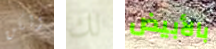
ولكن لك بالأبيض